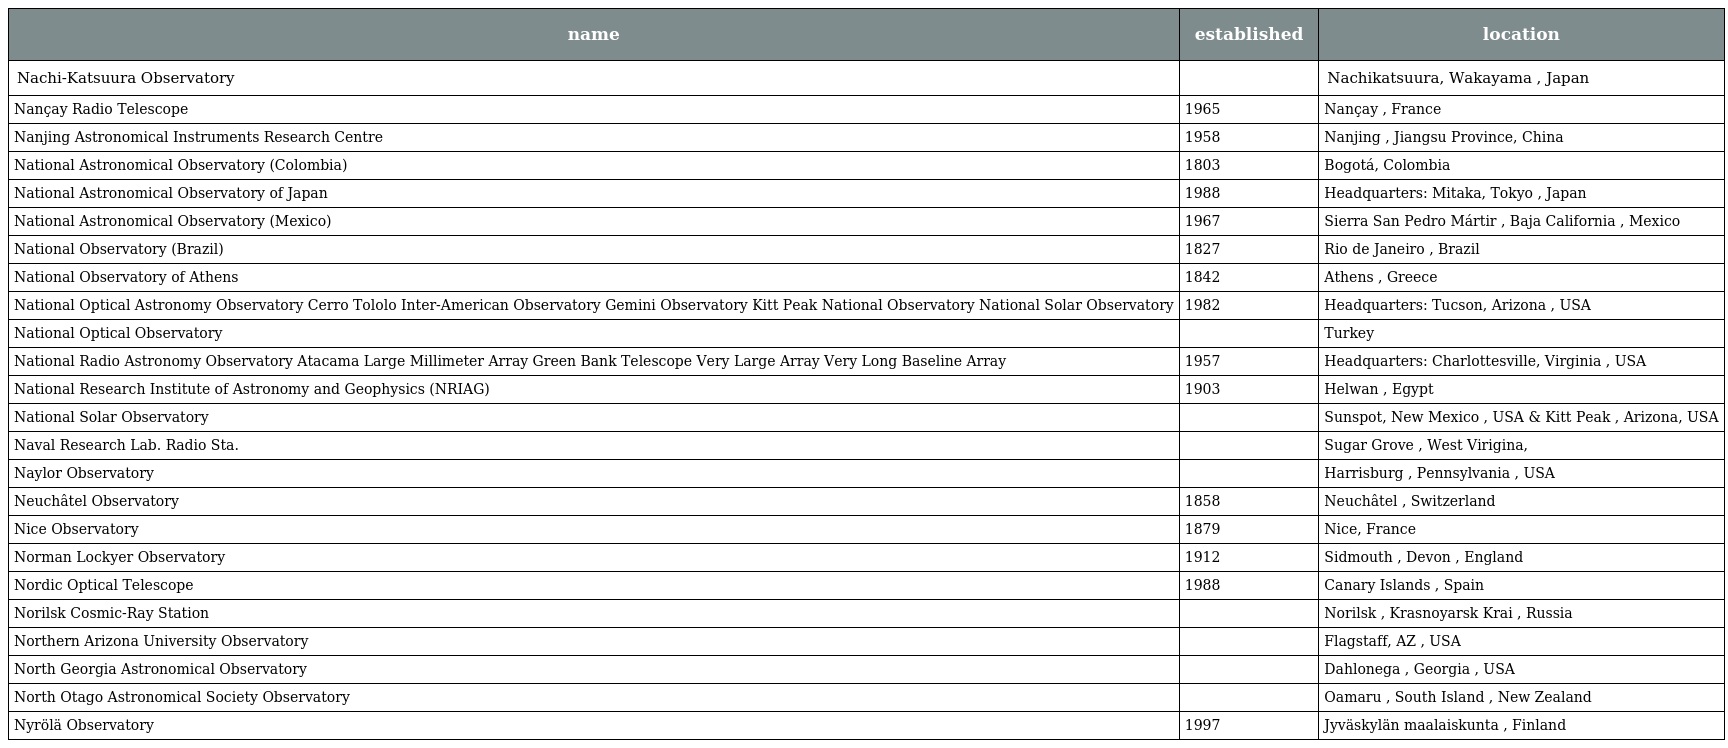
| name | established | location |
 | --- | --- | --- |
 | Nachi-Katsuura Observatory |  | Nachikatsuura, Wakayama , Japan |
 | Nançay Radio Telescope | 1965 | Nançay , France |
 | Nanjing Astronomical Instruments Research Centre | 1958 | Nanjing , Jiangsu Province, China |
 | National Astronomical Observatory (Colombia) | 1803 | Bogotá, Colombia |
 | National Astronomical Observatory of Japan | 1988 | Headquarters: Mitaka, Tokyo , Japan |
 | National Astronomical Observatory (Mexico) | 1967 | Sierra San Pedro Mártir , Baja California , Mexico |
 | National Observatory (Brazil) | 1827 | Rio de Janeiro , Brazil |
 | National Observatory of Athens | 1842 | Athens , Greece |
 | National Optical Astronomy Observatory Cerro Tololo Inter-American Observatory Gemini Observatory Kitt Peak National Observatory National Solar Observatory | 1982 | Headquarters: Tucson, Arizona , USA |
 | National Optical Observatory |  | Turkey |
 | National Radio Astronomy Observatory Atacama Large Millimeter Array Green Bank Telescope Very Large Array Very Long Baseline Array | 1957 | Headquarters: Charlottesville, Virginia , USA |
 | National Research Institute of Astronomy and Geophysics (NRIAG) | 1903 | Helwan , Egypt |
 | National Solar Observatory |  | Sunspot, New Mexico , USA & Kitt Peak , Arizona, USA |
 | Naval Research Lab. Radio Sta. |  | Sugar Grove , West Virigina, |
 | Naylor Observatory |  | Harrisburg , Pennsylvania , USA |
 | Neuchâtel Observatory | 1858 | Neuchâtel , Switzerland |
 | Nice Observatory | 1879 | Nice, France |
 | Norman Lockyer Observatory | 1912 | Sidmouth , Devon , England |
 | Nordic Optical Telescope | 1988 | Canary Islands , Spain |
 | Norilsk Cosmic-Ray Station |  | Norilsk , Krasnoyarsk Krai , Russia |
 | Northern Arizona University Observatory |  | Flagstaff, AZ , USA |
 | North Georgia Astronomical Observatory |  | Dahlonega , Georgia , USA |
 | North Otago Astronomical Society Observatory |  | Oamaru , South Island , New Zealand |
 | Nyrölä Observatory | 1997 | Jyväskylän maalaiskunta , Finland |